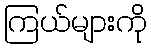
ကြယ်များကို